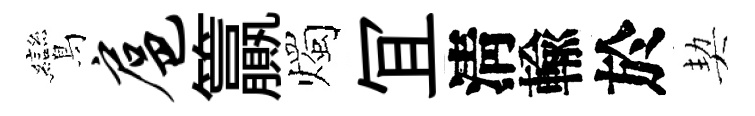
鸞扈籯燭冝淸輸於契